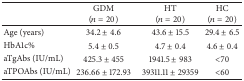
|  | GDM (n = 20) | HT (n = 20) | HC (n = 20) |
 | --- | --- | --- | --- |
 | Age (years) | 34.2 ± 4.6 | 43.6 ± 15.5 | 29.4 ± 6.5 |
 | HbA1c% | 5.4 ± 0.5 | 4.7 ± 0.4 | 4.6 ± 0.4 |
 | aTgAbs (IU/mL) | 425.3 ± 455 | 1941.5 ± 983 | <70 |
 | aTPOAbs (IU/mL) | 236.66 ± 172.93 | 39311.11 ± 29359 | <60 |